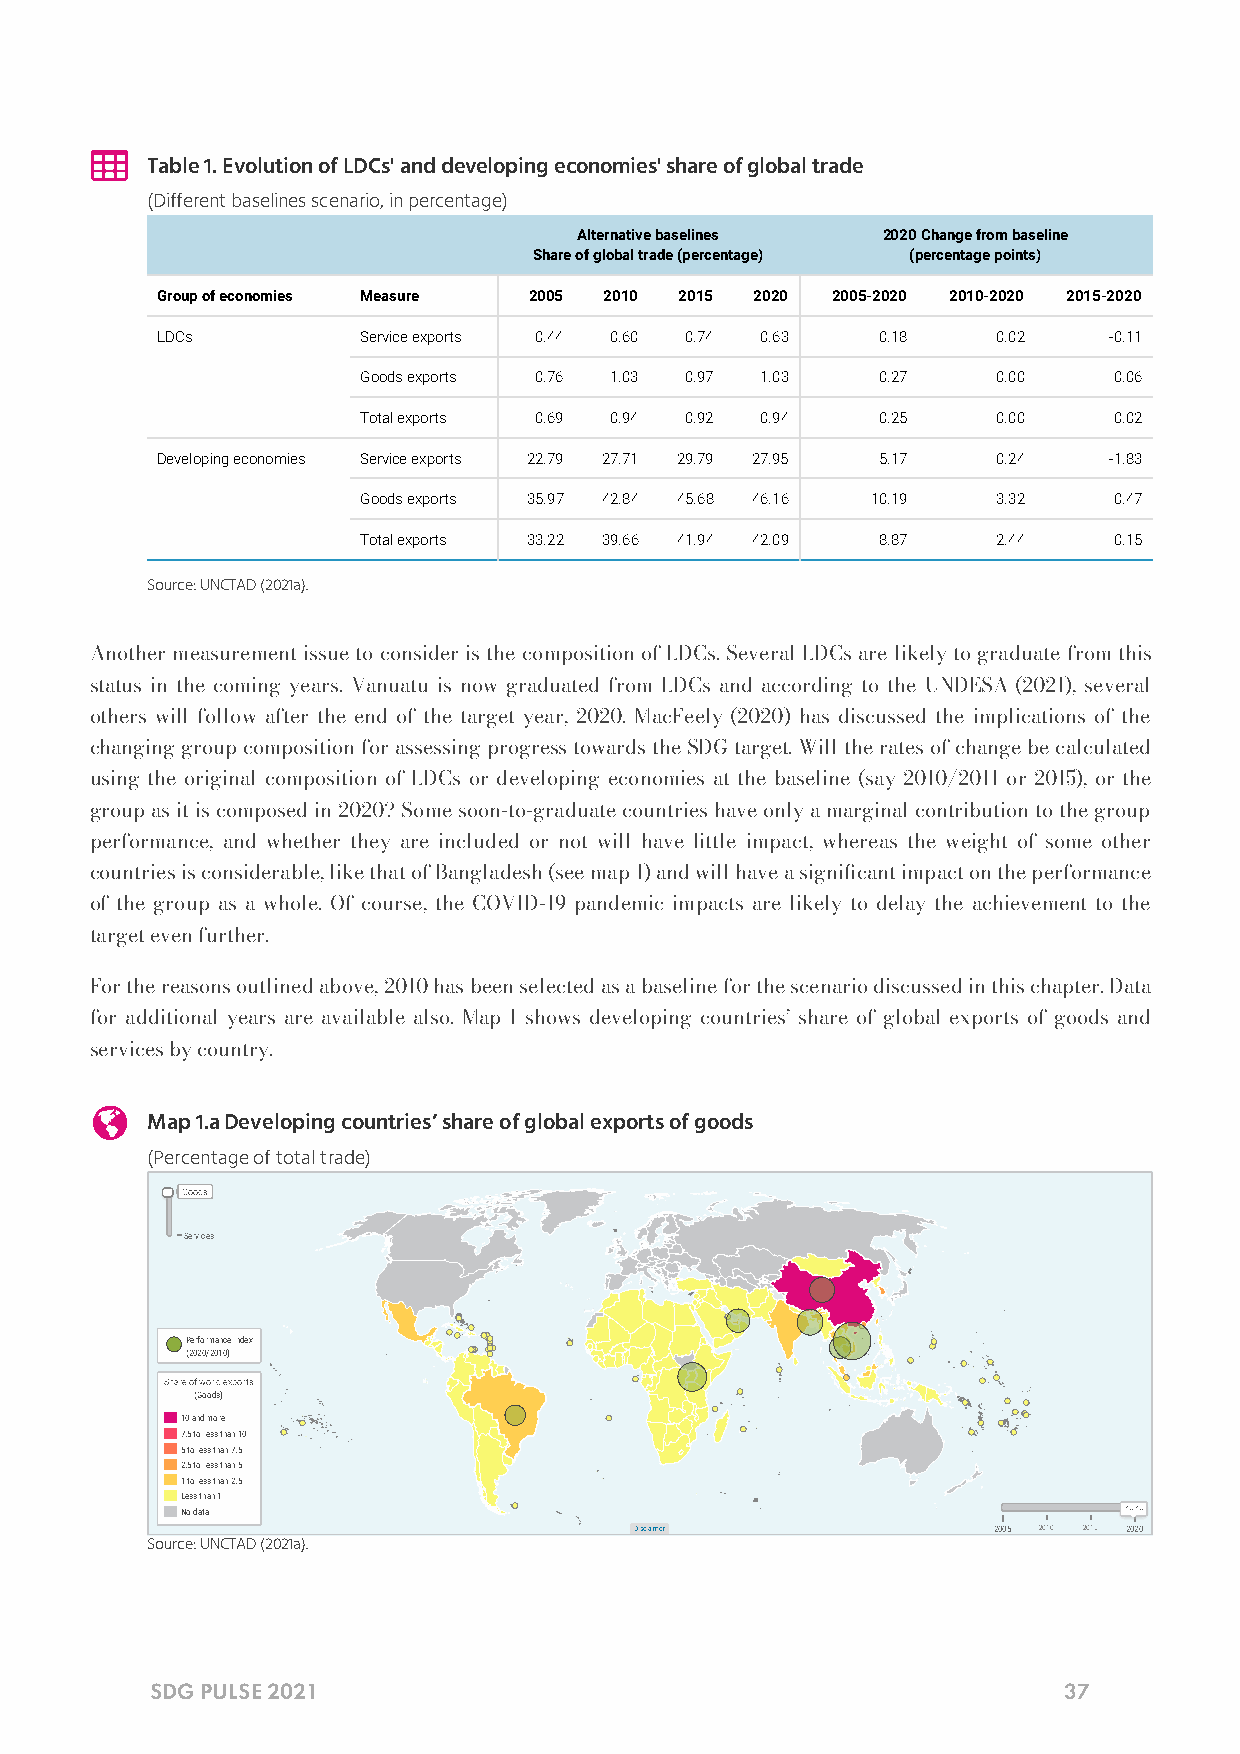

 Table 1. Evolution of LDCs' and developing economies' share of global trade
 (Different baselines scenario, in percentage)
 Alternative baselines 2020 Change from baseline
 Share of global trade (percentage) (percentage points)
 Group of economies Measure 2005 2010 2015 2020 2005-2020 2010-2020 2015-2020
 LDCs          Service exports 0.44 0.60 0.74 0.63 0.18  0.02   -0.11
 Goods exports 0.76 1.03 0.97 1.03 0.27    0.00    0.06
 Total exports 0.69 0.94 0.92 0.94 0.25    0.00    0.02
 Developing economies Service exports 22.79 27.71 29.79 27.95 5.17 0.24 -1.83
 Goods exports 35.97 42.84 45.68 46.16 10.19 3.32  0.47
 Total exports 33.22 39.66 41.94 42.09 8.87 2.44   0.15
 Source: UNCTAD (2021a).
 Another measurement issue to consider is the composition of LDCs. Several LDCs are likely to graduate from this
 status in the coming years. Vanuatu is now graduated from LDCs and according to the UNDESA (2021), several
 others will follow after the end of the target year, 2020. MacFeely (2020) has discussed the implications of the
 changing group composition for assessing progress towards the SDG target. Will the rates of change be calculated
 using the original composition of LDCs or developing economies at the baseline (say 2010/2011 or 2015), or the
 group as it is composed in 2020? Some soon-to-graduate countries have only a marginal contribution to the group
 performance, and whether they are included or not will have little impact, whereas the weight of some other
 countries is considerable, like that of Bangladesh (see map 1) and will have a signicant impact on the performance
 of the group as a whole. Of course, the COVID-19 pandemic impacts are likely to delay the achievement to the
 target even further.
 For the reasons outlined above, 2010 has been selected as a baseline for the scenario discussed in this chapter. Data
 for additional years are available also. Map 1 shows developing countries’ share of global exports of goods and
 services by country.
 
 Map 1.a Developing countries’ share of global exports of goods
 (Percentage of total trade)
 GGooooddss
 Services
 Performance index
 (2020/2010)
 Share of world exports
 (Goods)
 10 and more
 7.5 to less than 10
 5 to less than 7.5
 2.5 to less than 5
 1 to less than 2.5
 Less than 1
 No data                                                       2020
 Disclaimer              2005 2010 2015 2020
 Source: UNCTAD (2021a).
 SDG PULSE 2021                                              37